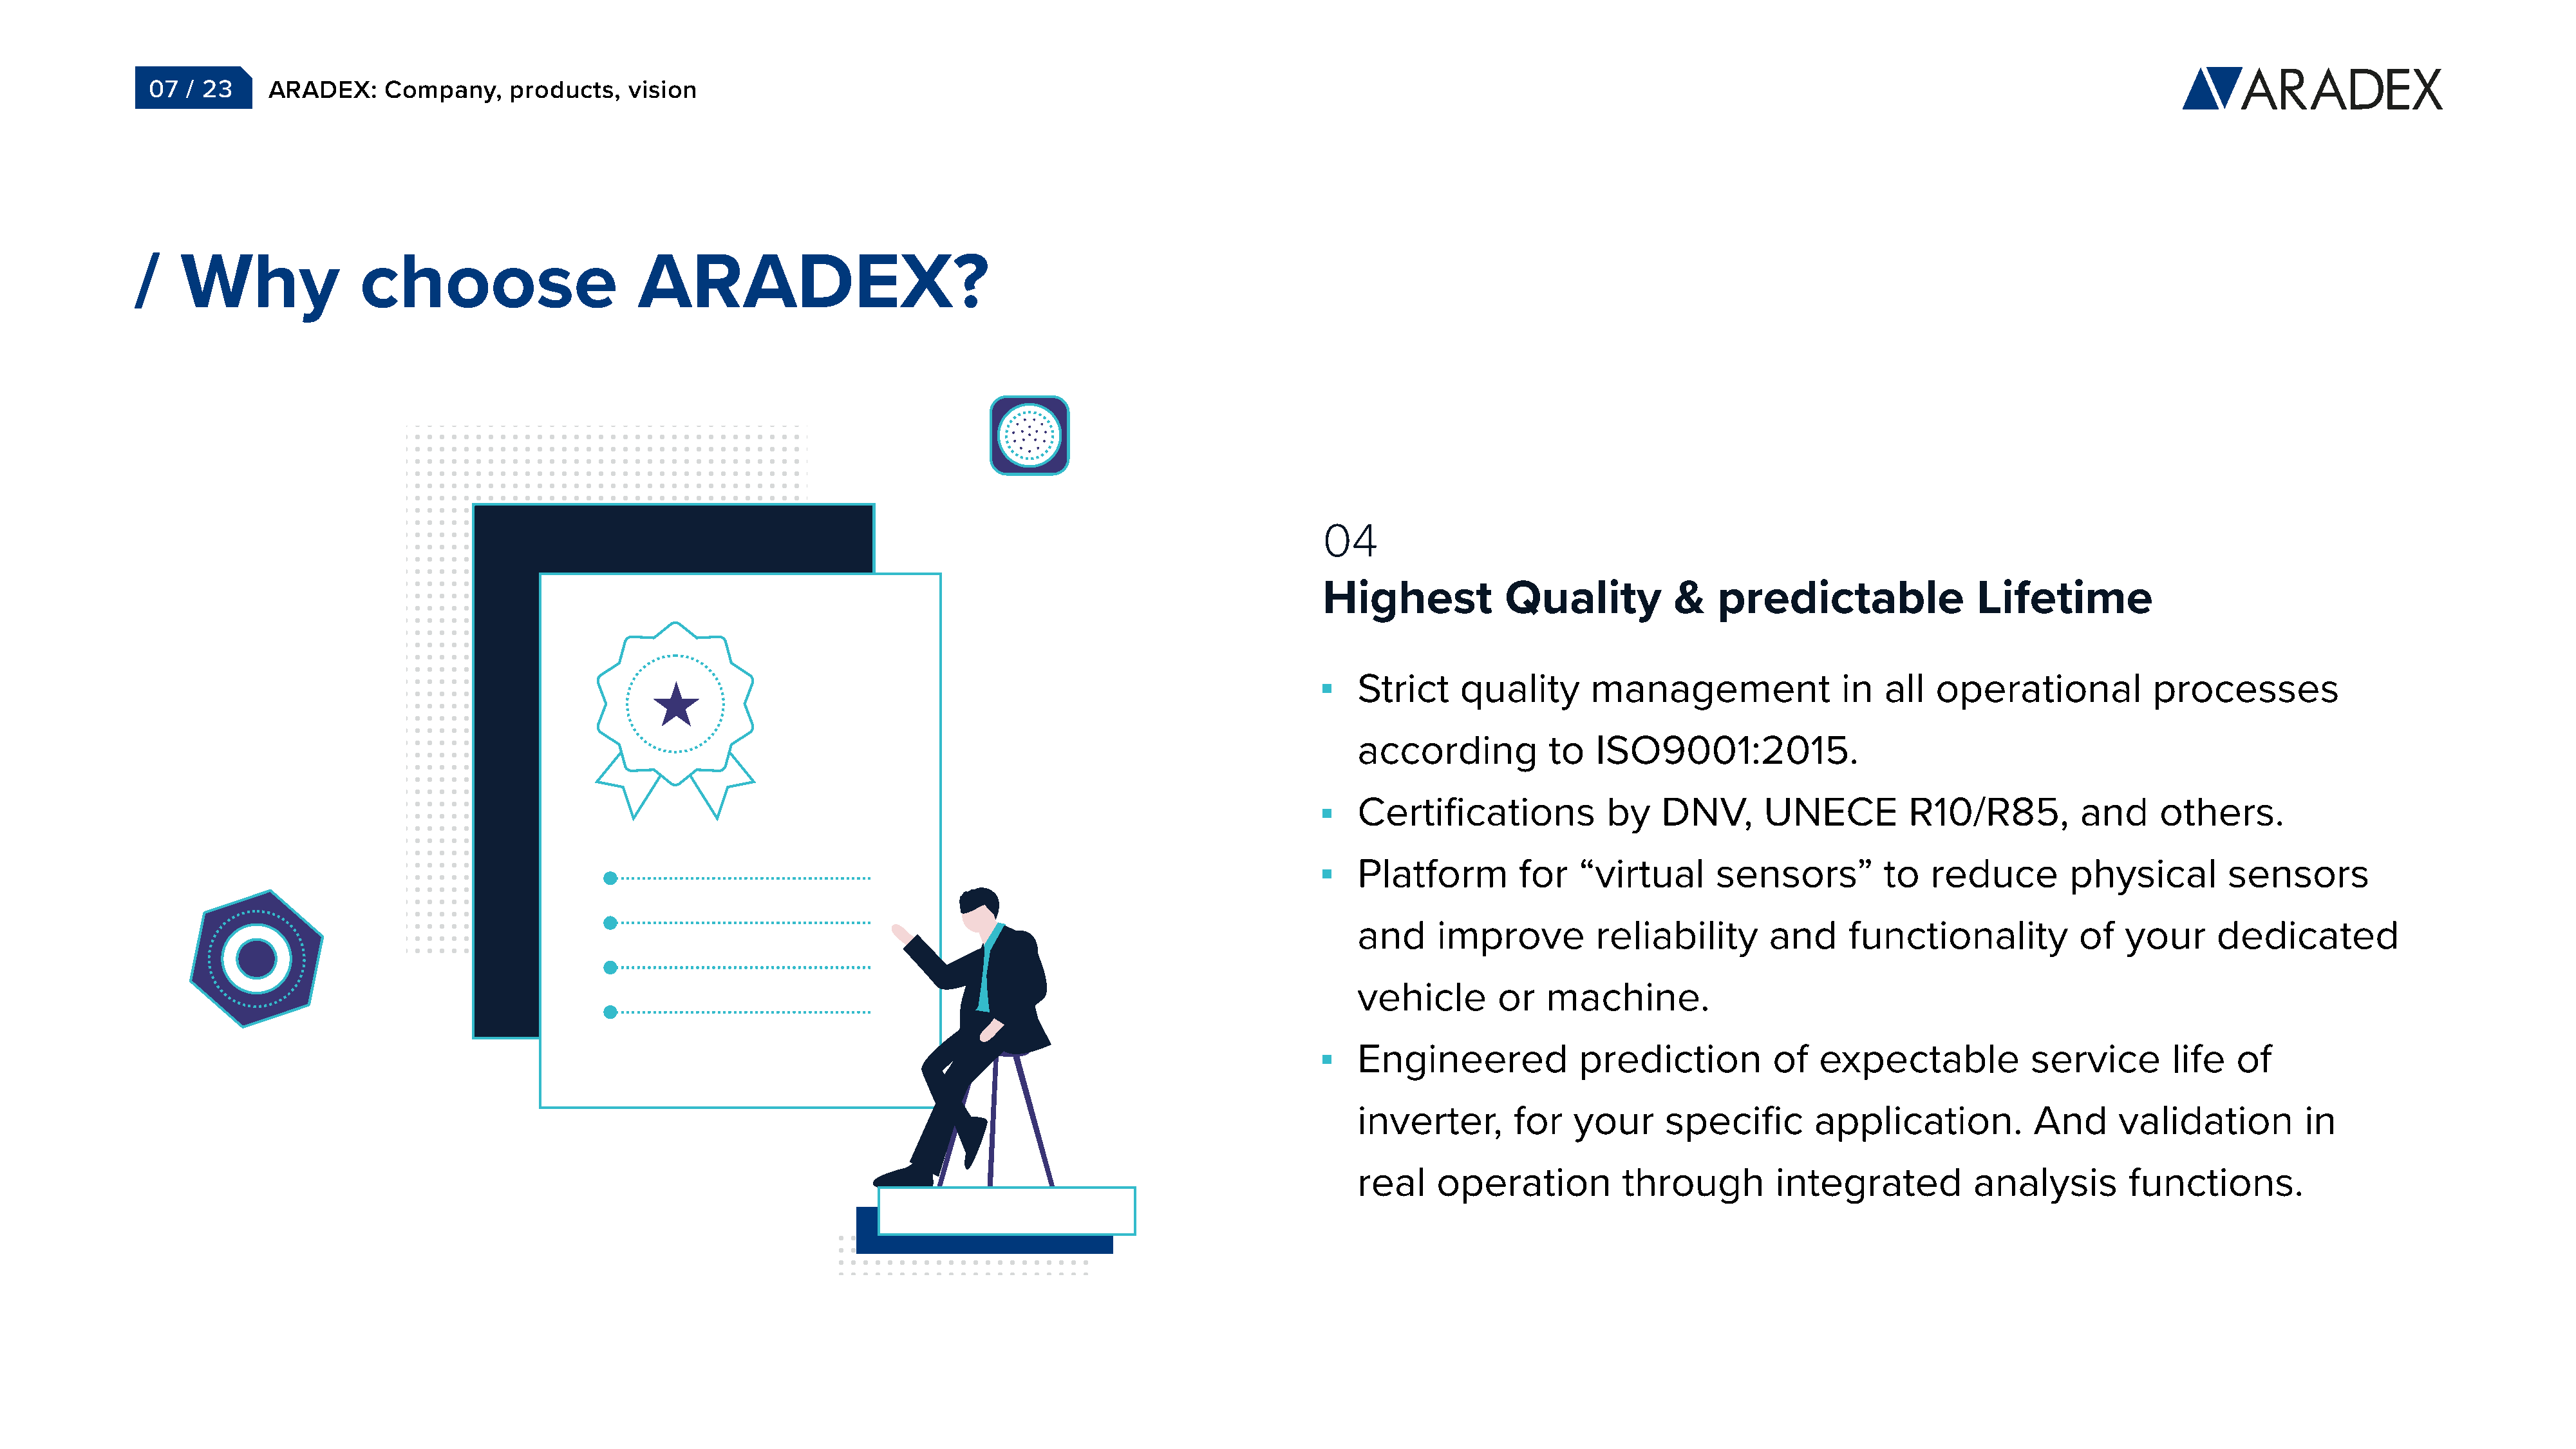
07  / 23     ARADEX:     Company,    products,    vision
 /    Why               choose                       ARADEX?
 04
 Highest            Quality          &    predictable               Lifetime
 Strict    quality       management               in   all  operational           processes
 according          to   ISO9001:2015.
 Certifications           by    DNV,      UNECE          R10/R85,          and     others.
 Platform        for   “virtual      sensors”          to  reduce         physical        sensors
 and     improve         reliability       and     functionality           of  your      dedicated
 vehicle       or   machine.
 Engineered            prediction          of   expectable            service       life   of
 inverter,       for   your     specific       application.           And      validation         in
 real    operation          through         integrated          analysis        functions.